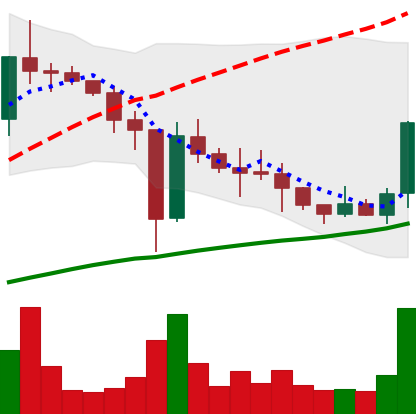
Ticker: XLM-USD
Chart end date: 2021-01-04
Forward return: 88.845%
Label: up_7plus